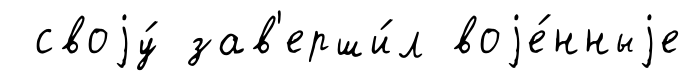
своjу́ зав'ерши́л воjе́нныjе